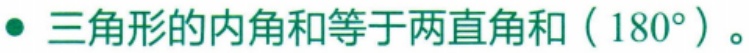
$\bullet$ 三角形的内角和等于两直角和（$180^{\circ}$）。